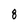
Character: 8